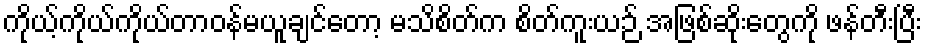
ကိုယ့်ကိုယ်ကိုယ်တာဝန်မယူချင်တော့ မသိစိတ်က စိတ်ကူးယဉ် အဖြစ်ဆိုးတွေကို ဖန်တီးပြီး